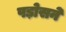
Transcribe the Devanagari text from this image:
पड़ोसने